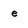
Character: e